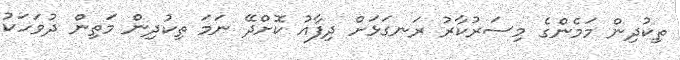
ތިކުދިން މަމެންގެ މިސަރުކާރު ރަނގަޅަށް ދިފާއު ކޮށްދޭ ނަމަ ތިކުދިން މަތިން ދުވަހަކު